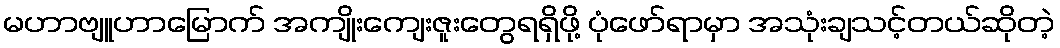
မဟာဗျူဟာမြောက် အကျိုးကျေးဇူးတွေရရှိဖို့ ပုံဖော်ရာမှာ အသုံးချသင့်တယ်ဆိုတဲ့